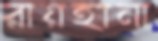
রায়হানা